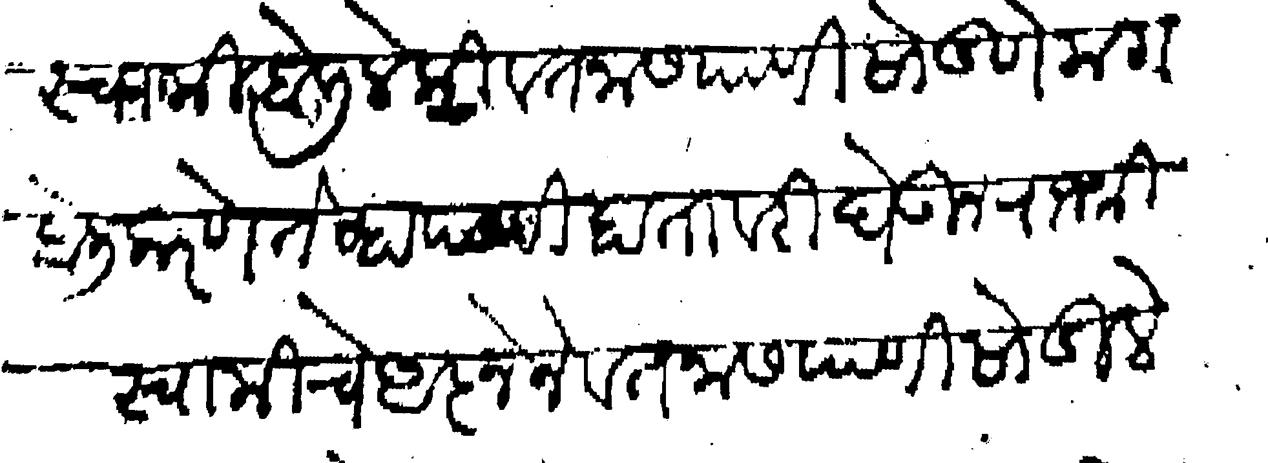
Transliteration (Devanagari): स्वामी बोलीले की वतनास पाणी सोडणे मग बोली करणे तेव्हा पाणी हातावरी घेऊन राजश्री स्वामीचे आज्ञेने वतनास पाणी सोडीले